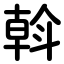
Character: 斡